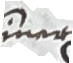
ier